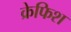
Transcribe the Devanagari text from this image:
क्रेफिश